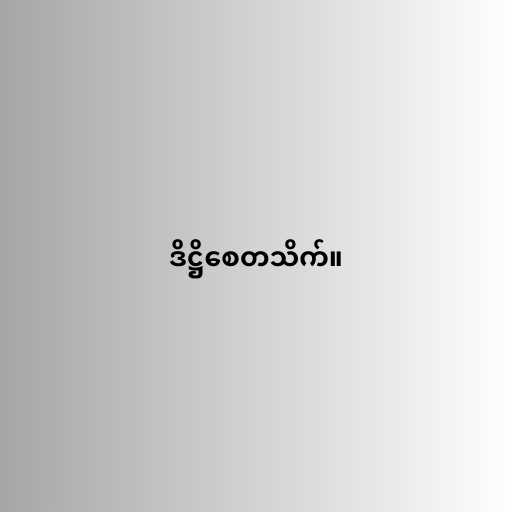
ဒိဋ္ဌိစေတသိက်။